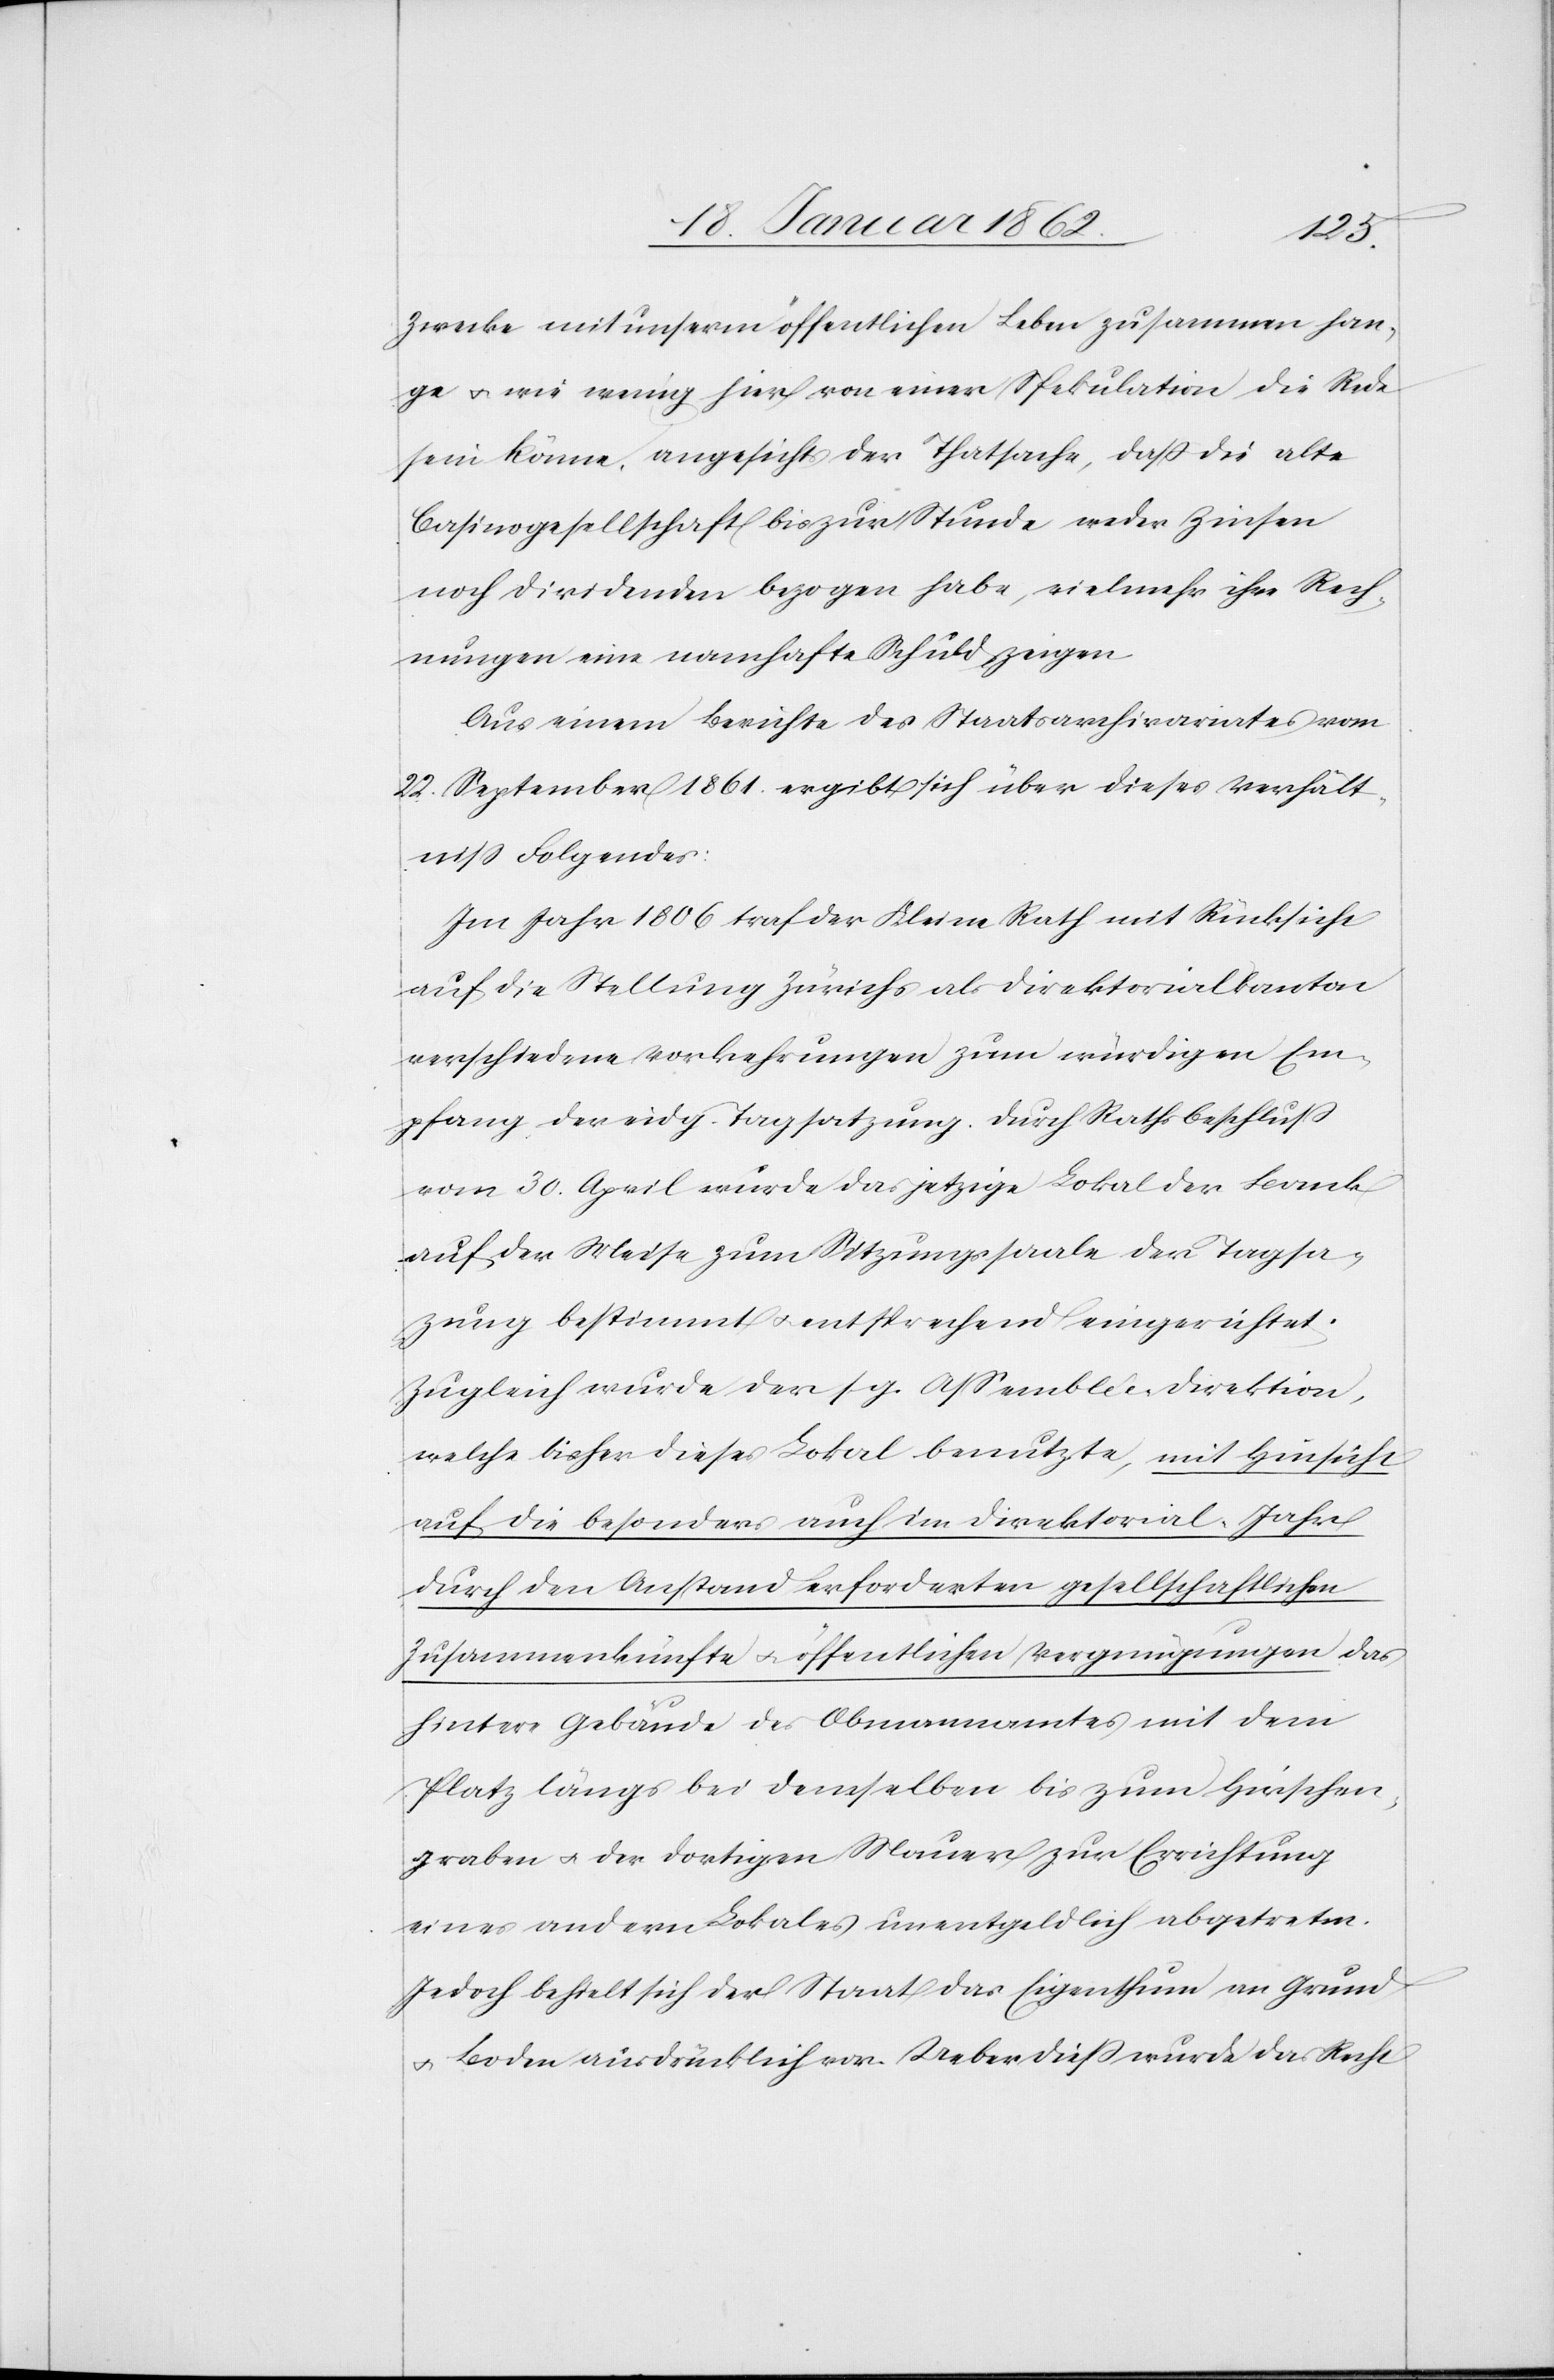
Zwecke mit unserm öffentlichen Leben zusammen han¬
ge u. wie wenig hier von einer Spekulation die Rede
sein könne, angesichts der Thatsache, daß die alte
Casinogesellschaft bis zur Stunde weder Zinsen
noch Dividenden bezogen habe, vielmehr ihre Rech¬
nungen eine namhafte Schuld zeigen.
Aus einem Berichte des Staatsarchivariates vom
22. September 1861. ergibt sich über dieses Verhält¬
niß Folgendes:
Im Jahr 1806 traf der Kleine Rath mit Rücksicht
auf die Stellung Zürichs als Direktorialkanton
verschiedene Vorkehrungen zum würdigen Em¬
pfang der eidg. Tagsatzung. Durch Rathsbeschluß
vom 30. April wurde das jetzige Lokal der Bank
auf der [?M]eise zum Sitzungssaale der Tagsat¬
zung bestimmt u. entsprechend eingerichtet.
Zugleich wurde der sg. Aßemblée-Direktion,
welche bisher dieses Lokal benutzte, mit Hinsicht
auf die besonders auch im Direktorial-Jahr
durch den Anstand erforderter gesellschaftlicher
Zusammenkünfte u. öffentlichen Vergnügungen das
hintere Gebäude des Obmannamtes mit dem
Platz längs bei demselben bis zum Hirschen¬
graben u. der dortigen Mauer zur Errichtung
eines andern Lokales unentgeldlich abgetreten.
Jedoch behielt sich der Staat das Eigenthum an Grund
u. Boden ausdrücklich vor. Ueberdieß wurde das Recht